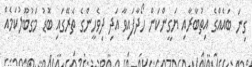
ގިނަ ބައެއްގެ އިތުބާރާއި ޔަގީންކަން ހޯދާފައިވާ އަދި ދިވެހީންގެ ތެރޭގައި ބޮޑު މަގުބޫލުކަމެއް